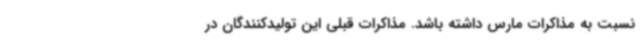
نسبت به مذاکرات مارس داشته باشد. مذاکرات قبلی این تولیدکنندگان در